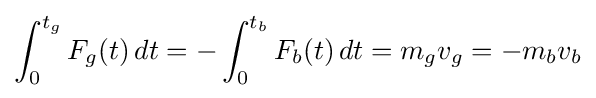
\int _{0}^{t_{g}}F_{g}(t)\,dt=-\int _{0}^{t_{b}}F_{b}(t)\,dt=m_{g}v_{g}=-m_{b}v_{b}